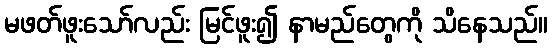
မဖတ်ဖူးသော်လည်း မြင်ဖူး၍ နာမည်တွေကို သိနေသည်။